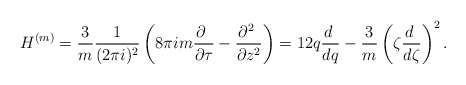
\begin{align*}{H}^{(m)}=\frac{3}{m}\frac 1{(2\pi i)^2}\left( 8\pi i m\dfrac{\partial\ }{\partial \tau}-\dfrac{\partial^2 \ }{\partial z^2}\right)=12q\frac {d\ }{dq}- \frac{3}m\left(\zeta\frac {d\ }{d\zeta}\right)^2.\end{align*}